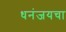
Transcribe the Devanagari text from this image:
धनंजयचा